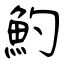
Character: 魡